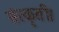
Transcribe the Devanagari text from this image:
संस्कृती।